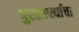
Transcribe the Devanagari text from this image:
पुरस्कर्त्यांचा